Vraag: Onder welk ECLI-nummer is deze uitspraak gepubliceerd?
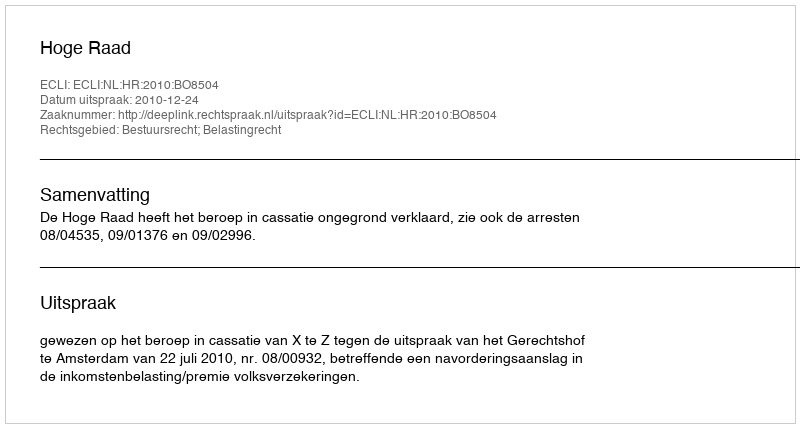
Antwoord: ECLI:NL:HR:2010:BO8504